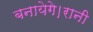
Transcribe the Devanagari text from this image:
बनायेगे।रानी